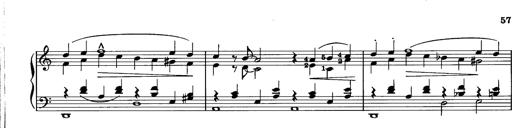
Title: La romanesca
Composer: Franz Liszt